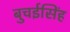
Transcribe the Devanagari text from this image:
बुचईसिंह